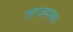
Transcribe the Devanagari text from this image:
लाजवाबच